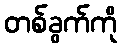
တစ်ခွက်ကို